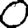
Digit: 0